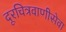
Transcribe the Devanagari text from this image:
दूरचित्रवाणीसेवा